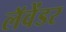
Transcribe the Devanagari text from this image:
लॅवेंडर